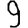
Digit: 9